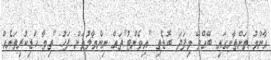
އާންމު ތަންތާނގައި ބޭއްވޭ މިފަދަ ބޮޑެތި "އިވެންޓު"ތައް ނިންމާލުމަށް ފަހު "ތިމާ ހަޑިކުރިތަނެއް